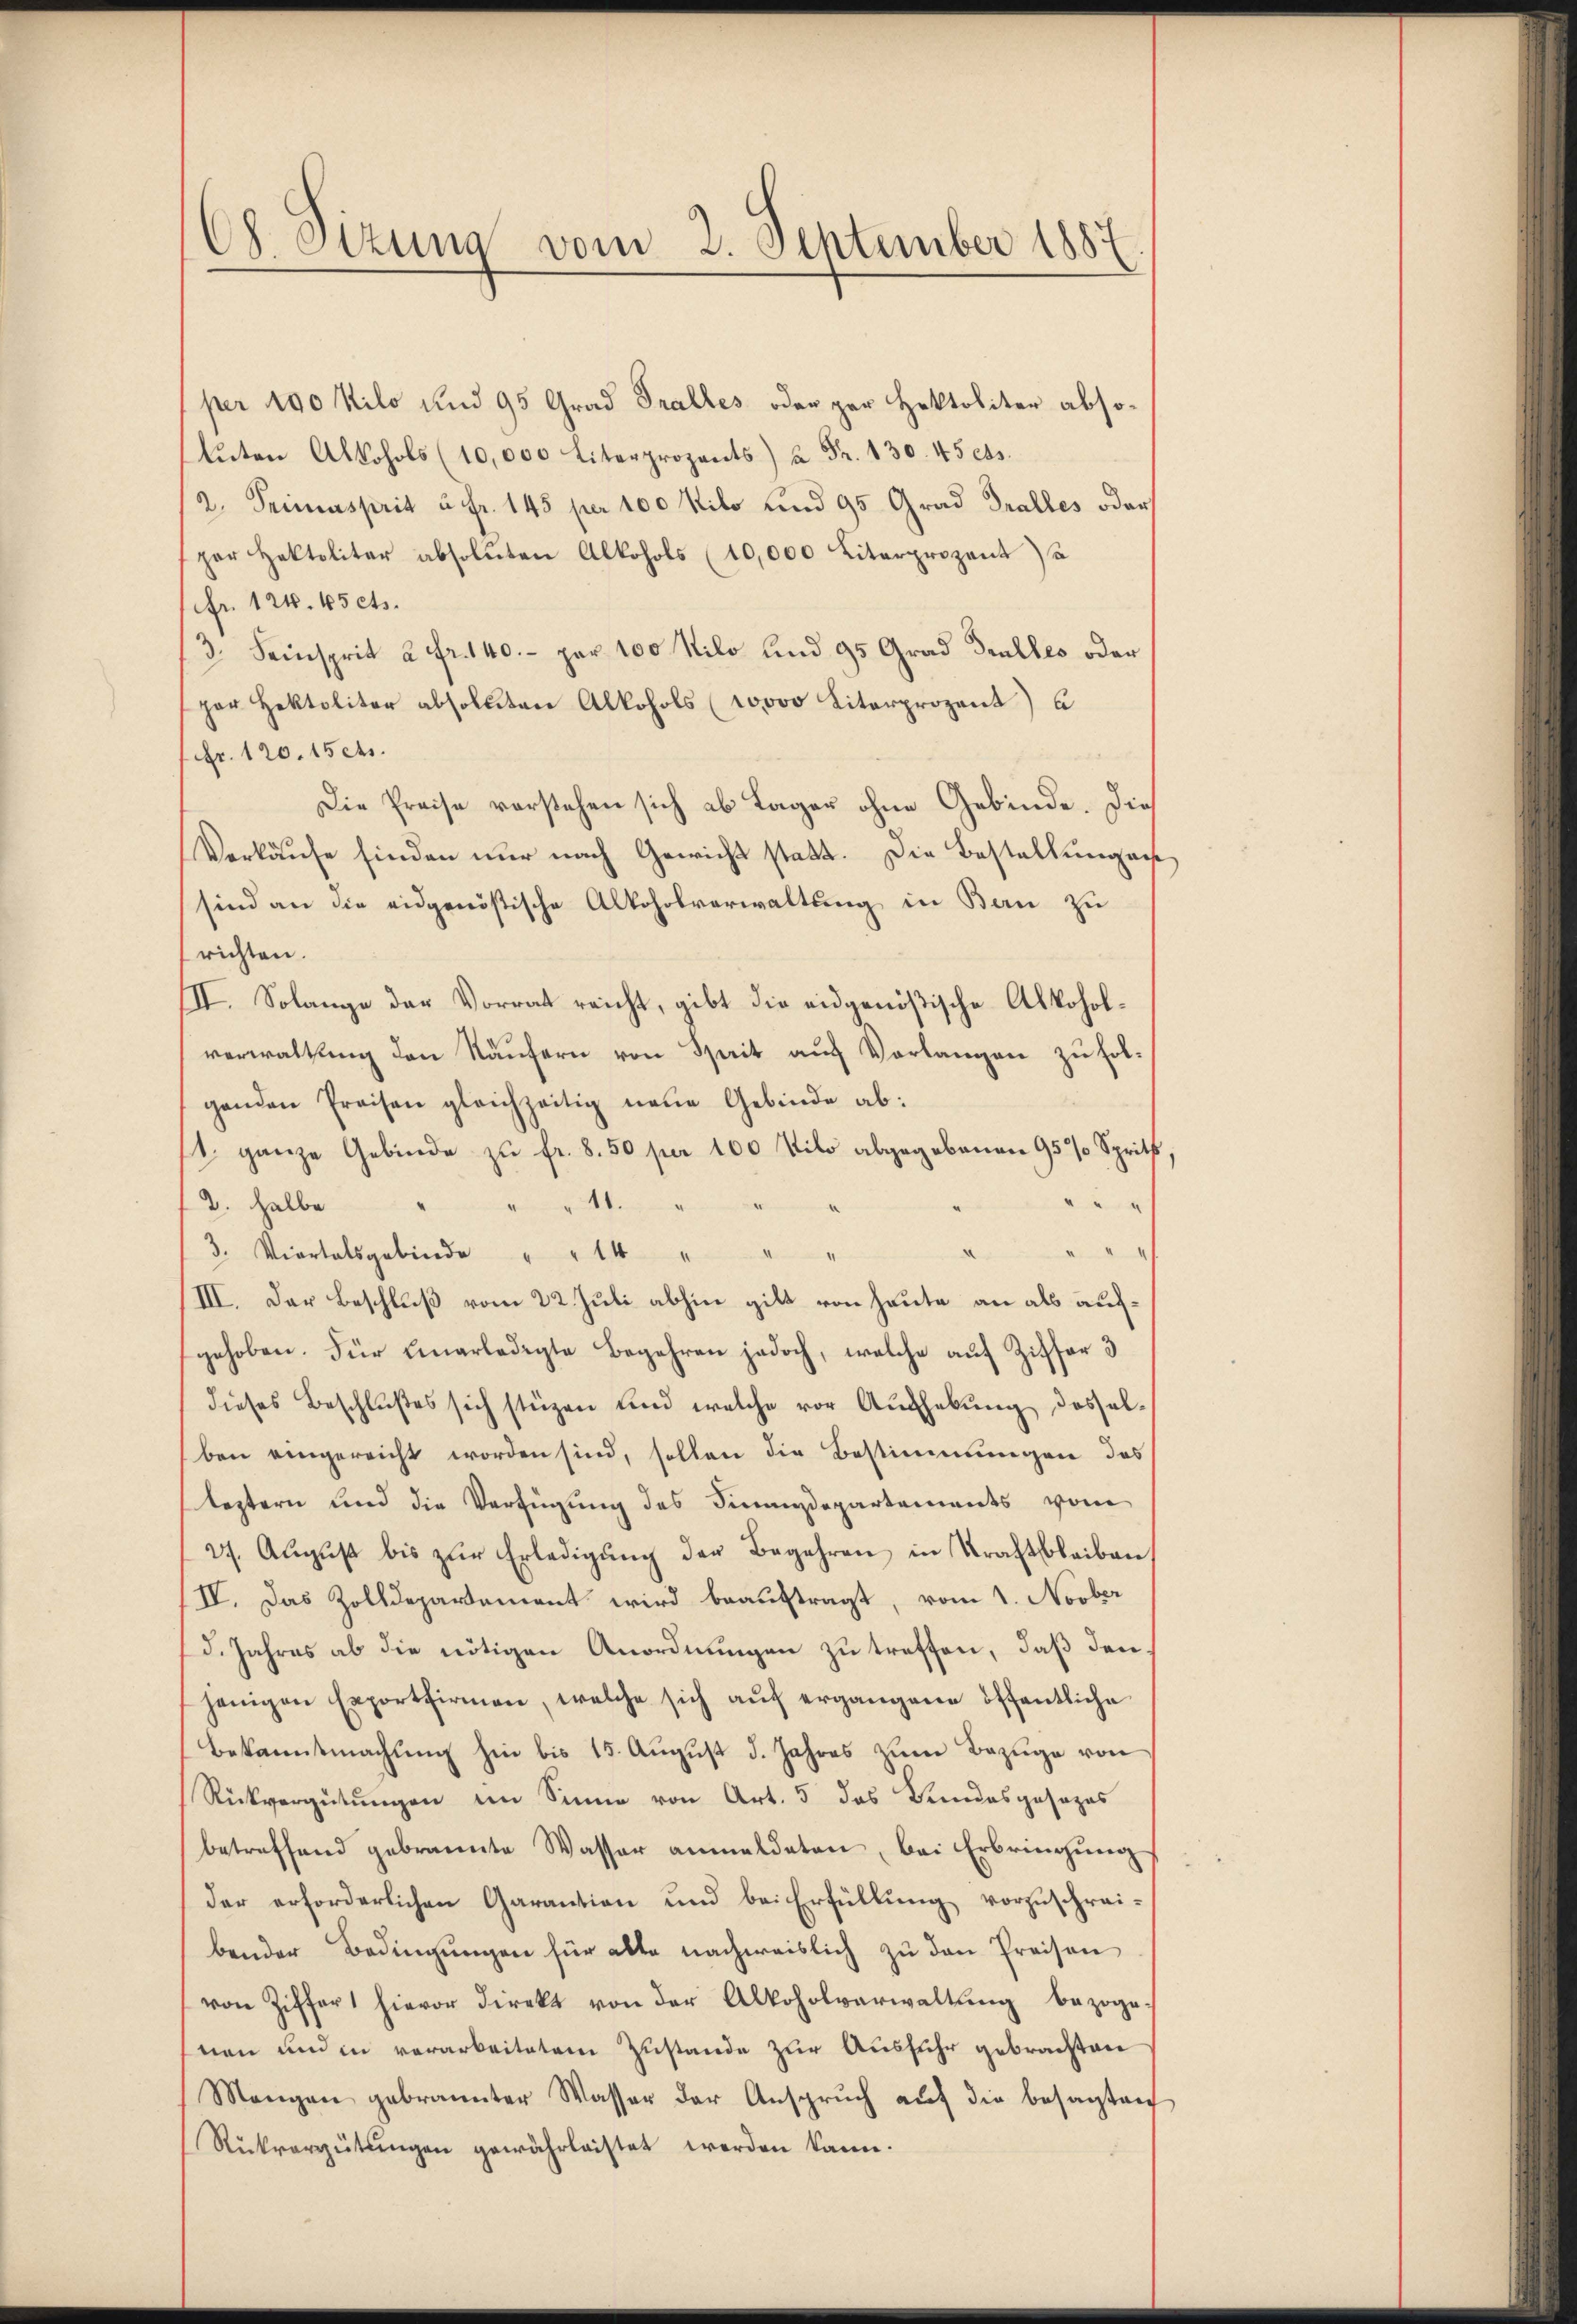
Ch. Sizung vom 2. September 1887

per 190 Kilo und 95 Grad Fralles oder per Hektoliter absolŭten Alkohols (10,000 Literprozents) u. Fr. 130. 45 cts.
2. Primasprit u. fr. 145 per 100 Kilo und 95 Grad Tralles oder
par Haltalitar absoluten Alkohols (10,000 Literprozent a
efr 124. 45 cts.
3. Seinsprit 2 Fr. 140.- pr 100 Kilo und 95 Grad Galles oder
par Hektolitar absoluten Alkohols (wovo Literprozent) u
Fr. 120. 15 cts.
Die Preise vorstehen sich ab Lager ohne Gebinde. Die
Verkäŭfe finden nur nach Gewicht statt. Die Bestellŭng ause,
sind an die eidgenößische Alkoholverwaltung in Bern zu
richten.
II. Solange der Vorrat reicht, gibt die eidgenößische Alkoholverwaltung den Käufern von Sprit auf Vorlangen zu folgenden Preisen gleichzeitig neue Gebinde ab:
1 ganze Gebinde zu fr. 8. 50 per 100 Kilo abgegebenen 95% Spritz,
2. halbe " " " 11.
3. Viertalsgebinde " " 14 "
III. Der Beschluß vom 22. Juli abhin gilt von heute an als aufgehoben. Für unerledigte Begehren jedoch, welche auf Ziffer 3
dieses Beschlŭβes sich stüzen und welche vor Aŭfhebŭng desselben eingereicht worden sind, sollen die Bestimmungen das
leztern und die Verfügung des Finanzdepartements vom
27. Aŭgŭst bis zŭr Erledigŭng der Begehren in Kraft bleiben,
IV. Das Zolldepartement wird beauftragt, vom 1. Novber
d. Jahres ab die nötigen Anordnungen zu treffen, daß den
jenigen Exportfirmen, welche sich aŭf ergangene öffentliche
Bekanntmachung hin bis 15. August d. Jahres zum Bezuge von
Rückvergütungen im Sinne von Art. 5 das Vindesgesezes
betreffend gebrannte Wasser anmeldeten, bei Erbringung
der erforderlichen Garantion und bei Erfüllung vorzuschrei-
bender Bedingŭngen für alte nachweislich zu den Preisen
von Ziffer hievor direkt von der Alkoholverwaltŭng bezoge-
nen und in verarbeitetem Zustande zur Ausfuhr gebrachten
Mangen gebrannter Wasser der Ansprŭch aŭf die besagten
Rückvergütŭngen gewährleistet werden kann.